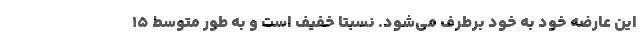
این عارضه خود به خود برطرف می‌شود. نسبتا خفیف است و به طور متوسط ۱۵